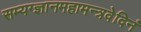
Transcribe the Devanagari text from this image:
सम्यग्ज्ञानमहामन्त्रवेदिनं